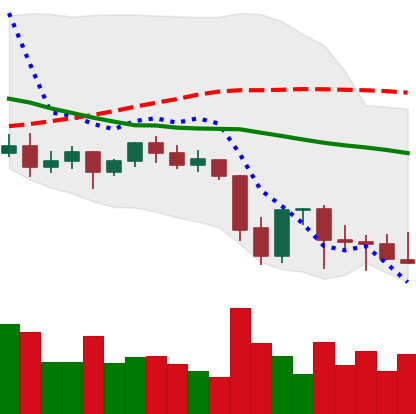
Ticker: ETC-USD
Chart end date: 2021-09-28
Forward return: 19.276%
Label: up_7plus